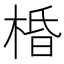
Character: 棔